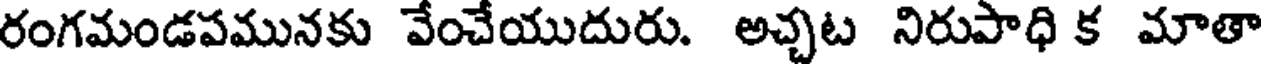
రంగమండపమునకు వేంచేయుదురు. అచ్చట నిరుపాధి క మాతా